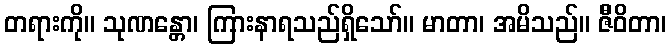
တရားကို။ သုဏန္တော၊ ကြားနာရသည်ရှိသော်။ မာတာ၊ အမိသည်။ ဇီိဝိတာ၊